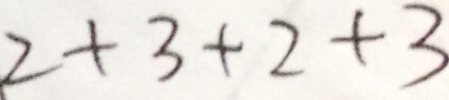
2 + 3 + 2 + 3